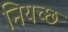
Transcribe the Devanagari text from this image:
नियच्छ